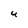
Character: 4